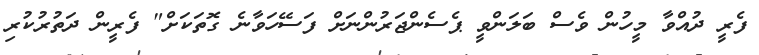
ފެރީ ދުއްވާ މީހުން ވެސް ބަލަންވީ ޕެސެންޖަރުންނަށް ފަސޭހަވާނެ ގޮތަކަށް" ފެރީން ދަތުރުކުރި